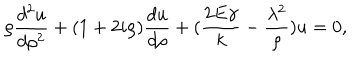
LaTeX: \rho { \frac { d ^ { 2 } u } { d \rho ^ { 2 } } } + ( 1 + 2 i \rho ) { \frac { d u } { d \rho } } + ( { \frac { 2 E \gamma } { k } } - { \frac { \lambda ^ { 2 } } { \rho } } ) u = 0 ,